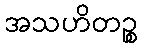
အသဟိတဉ္စ